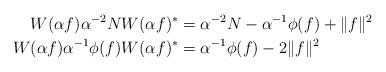
LaTeX: \begin{align*} W(\alpha f) \alpha^{-2}N W(\alpha f)^{*} &= \alpha^{-2}N - \alpha^{-1}\phi(f) + \|f\|^2\\ W(\alpha f) \alpha^{-1}\phi(f) W(\alpha f)^{*} &= \alpha^{-1}\phi(f) -2\|f\|^2 \end{align*}